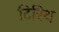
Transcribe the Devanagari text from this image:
टिरिथ